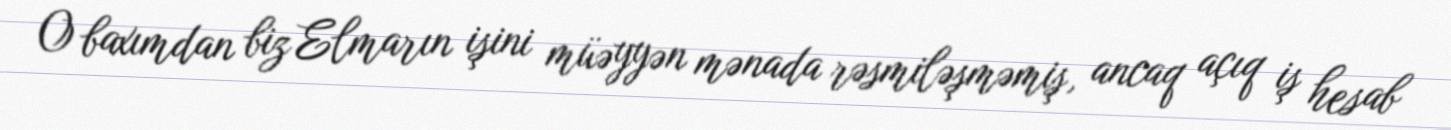
O baxımdan biz Elmarın işini müəyyən mənada rəsmiləşməmiş, ancaq açıq iş hesab